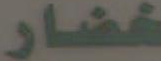
خضار